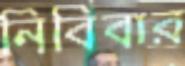
নিবিবার